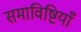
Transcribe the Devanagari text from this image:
समाविष्टियाँ